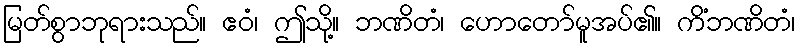
မြတ်စွာဘုရားသည်။ ဧဝံ၊ ဤသို့။ ဘဏိတံ၊ ဟောတော်မူအပ်၏။ ကိံဘဏိတံ၊